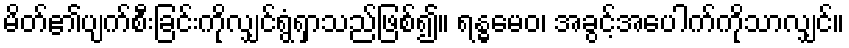
မိတ်၏ပျက်စီးခြင်းကိုလျှင်ရွံရှာသည်ဖြစ်၍။ ရန္ဓမေဝ၊ အခွင့်အပေါက်ကိုသာလျှင်။